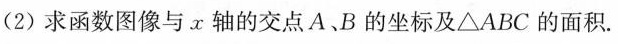
(2)求函数图像与x轴的交点A、B的坐标及\triangle ABC的面积。